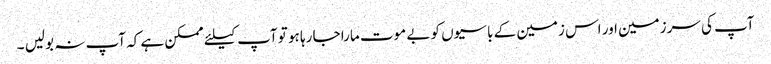
آپ کی سرزمین اور اس زمین کے باسیوں کو بے موت مارا جا رہا ہو تو آپ کیلئے ممکن ہے کہ آپ نہ بولیں ۔